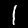
Label: 1